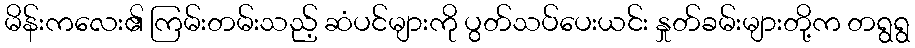
မိန်းကလေး၏ ကြမ်းတမ်းသည့် ဆံပင်များကို ပွတ်သပ်ပေးယင်း နှုတ်ခမ်းများတို့က တရွရွ